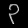
Digit: ၃